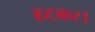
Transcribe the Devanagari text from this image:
हटकर।